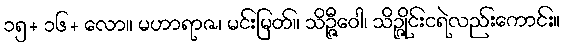
၁၅+ ၁၆+ လော။ မဟာရာဇ၊ မင်းမြတ်။ သိဉ္ဇီဝေါ၊ သိဉ္ဇိုင်းငရဲလည်းကောင်း။